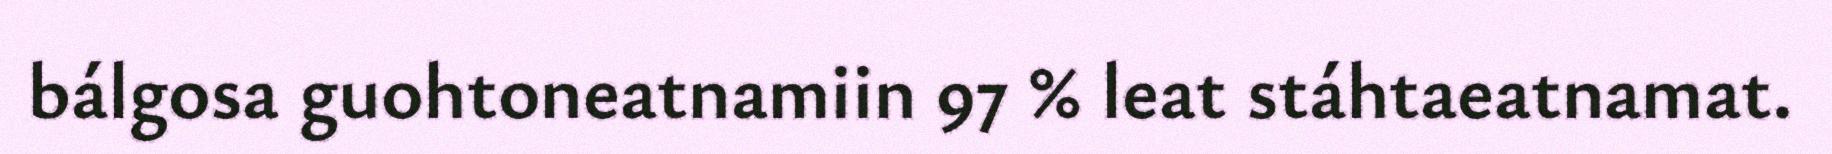
bálgosa guohtoneatnamiin 97 % leat stáhtaeatnamat.